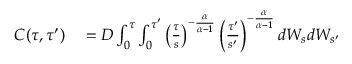
\begin{array} { r l } { C ( \tau , \tau ^ { \prime } ) } & { { } = D \int _ { 0 } ^ { \tau } \int _ { 0 } ^ { \tau ^ { \prime } } \left( \frac { \tau } { s } \right) ^ { - \frac { \alpha } { \alpha - 1 } } \left( \frac { \tau ^ { \prime } } { s ^ { \prime } } \right) ^ { - \frac { \alpha } { \alpha - 1 } } d W _ { s } d W _ { s ^ { \prime } } } \end{array}